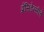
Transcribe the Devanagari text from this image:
प्रेसिडेन्सीचे